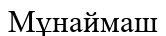
Мұнаймаш